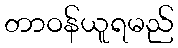
တာဝန်ယူရမည်